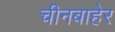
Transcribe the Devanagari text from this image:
चीनबाहेर